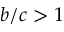
b / c > 1